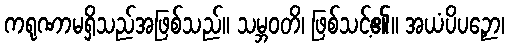
ကရုဏာမရှိသည်အဖြစ်သည်။ သမ္ဘဝတိ၊ ဖြစ်သင့်၏။ အယံပိပဉှော၊